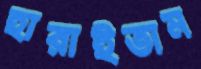
হারাইতাম